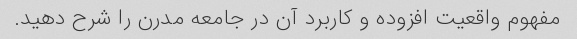
مفهوم واقعیت افزوده و کاربرد آن در جامعه مدرن را شرح دهید.